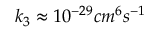
k _ { 3 } \approx 1 0 ^ { - 2 9 } c m ^ { 6 } s ^ { - 1 }